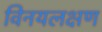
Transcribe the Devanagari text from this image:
विनयलक्षण